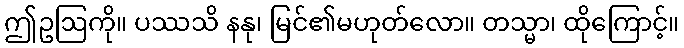
ဤဥဩကို။ ပဿသိ နနု၊ မြင်၏မဟုတ်လော။ တသ္မာ၊ ထိုကြောင့်။